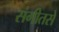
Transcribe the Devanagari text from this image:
संगीतसे